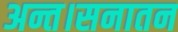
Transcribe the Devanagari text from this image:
अन्त।सनातन